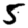
Digit: 5